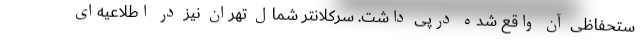
ستحفاظی آن واقع شده درپی داشت. سرکلانتر شمال تهران نیز در اطلاعیه‌ای